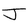
Character: J